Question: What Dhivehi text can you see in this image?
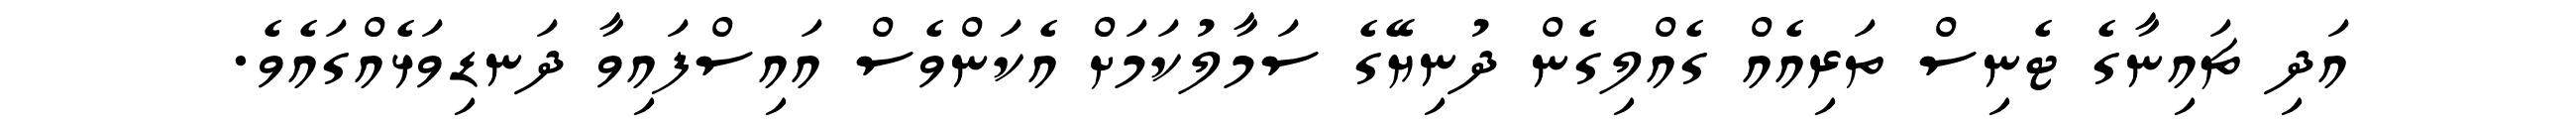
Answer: އަދި ޗައިނާގެ ޓެނިސް ތަރިއެއް ގެއްލިގެން ދުނިޔޭގެ ސަމާލުކަމަށް އެކަންވެސް އައިސްފައިވާ ދަނޑިވަޅެއްގައެވެ.